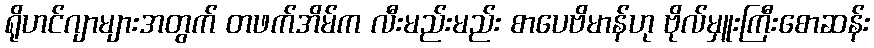
ရိုဟင်ဂျာများအတွက် တဖက်အိမ်က လီးမည်းမည်း စာပေဗိမာန်ဟု ဗိုလ်မှူးကြီးစောဆန်း